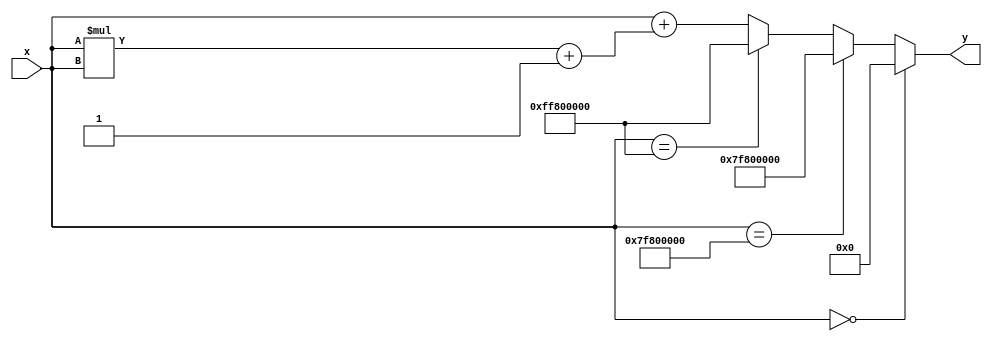
module asinh (
    input  wire signed [31:0] x, // Input: Floating-point or fixed-point number
    output reg signed [31:0] y   // Output: Computed asinh(x)
);

    // Internal signals
    wire signed [31:0] x_squared;         // x^2
    wire signed [31:0] sqrt_value;        // sqrt(x^2 + 1)
    wire signed [31:0] add_result;        // x + sqrt(x^2 + 1)
    wire signed [31:0] ln_result;         // ln(x + sqrt(x^2 + 1)

    // Handle special cases
    always @* begin
        if (x == 32'h00000000) begin // x = 0
            y = 32'h00000000;       // asinh(0) = 0
        end else if (x == 32'h7F800000) begin // x = +
            y = 32'h7F800000;       // asinh(+) = +
        end else if (x == 32'hFF800000) begin // x = -
            y = 32'hFF800000;       // asinh(-) = -
        end else begin
            // Calculate the components of asinh using the functional blocks
            // Calculate x^2
            x_squared = x * x;

            // Calculate sqrt(x^2 + 1)
            sqrt_value = sqrt(x_squared + 32'h00000001); // Implement or instantiate sqrt

            // Calculate x + sqrt(x^2 + 1)
            add_result = x + sqrt_value;

            // Calculate ln(x + sqrt(x^2 + 1))
            ln_result = ln(add_result); // Implement or instantiate ln

            // Assign the result to output
            y = ln_result;
        end
    end

    // Placeholder for square root function
    function signed [31:0] sqrt(input signed [31:0] in);
        // You need to implement this with your preferred method (CORDIC/Newton-Raphson)
        // This is a stub, replace with your actual implementation
        sqrt = in; // Stub (placeholder)
    endfunction

    // Placeholder for logarithm function
    function signed [31:0] ln(input signed [31:0] in);
        // You need to implement this with your preferred method (CORDIC/Approximation)
        // This is a stub, replace with your actual implementation
        ln = in; // Stub (placeholder)
    endfunction

endmodule